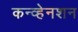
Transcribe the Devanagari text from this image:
कन्व्हेनशन